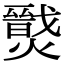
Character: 𤐦